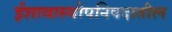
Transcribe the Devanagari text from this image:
ईशावास्योपनिषदातील